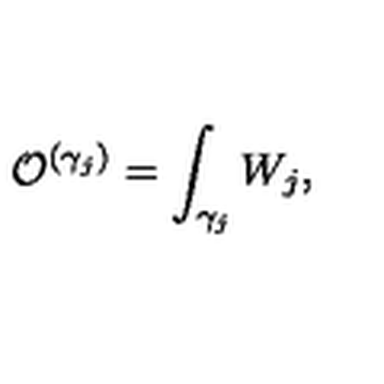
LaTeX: { \cal O } ^ { ( \gamma _ { j } ) } = \int _ { \gamma _ { j } } W _ { j } ,